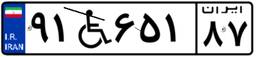
۶۹W۷۴۵۱۴